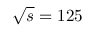
\sqrt { s } = 1 2 5